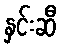
နှင်းဆီ